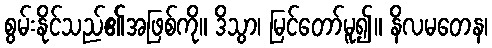
စွမ်းနိုင်သည်၏အဖြစ်ကို။ ဒိသွာ၊ မြင်တော်မူ၍။ နိလမတေန၊